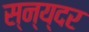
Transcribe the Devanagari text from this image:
स्न्य्दर